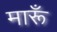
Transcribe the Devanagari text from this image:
मारूँ